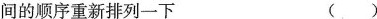
时间的顺序重新排列一下 ( )